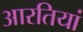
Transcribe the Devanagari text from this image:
आरतियां